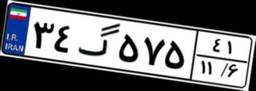
۳۴گ۵۷۵۴۱